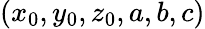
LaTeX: (x_{0},y_{0},z_{0},a,b,c)